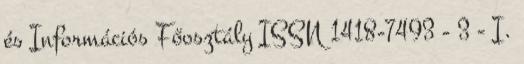
és Információs Főosztály ISSN 1418-7493 - 3 - I.